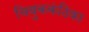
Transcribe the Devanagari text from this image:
चिबुककंठिका